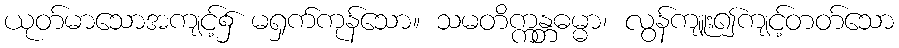
ယုတ်မာသောအကျင့်၌ မရှက်ကုန်သော။ သမတိက္ကန္တဓမ္မာ၊ လွန်ကျူး၍ကျင့်တတ်သော